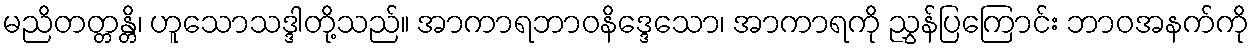
မညိတတ္တန္တိ၊ ဟူသောသဒ္ဒါတို့သည်။ အာကာရဘာဝနိဒ္ဒေသော၊ အာကာရကို ညွှန်ပြကြောင်း ဘာဝအနက်ကို